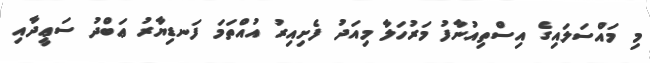
މި މައްސަލައިގެ އިސްތިއުނާފު މަރުހަލާ މިއަދު ފެށިއިރު އުއްތަމަ ފަނޑިޔާރު ޢަބްދު ސަޢީދާއި